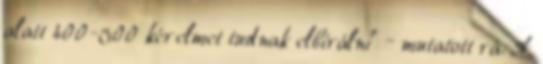
alatt 400-500 kérelmet tudnak elbírálni” – mutatott rá. A